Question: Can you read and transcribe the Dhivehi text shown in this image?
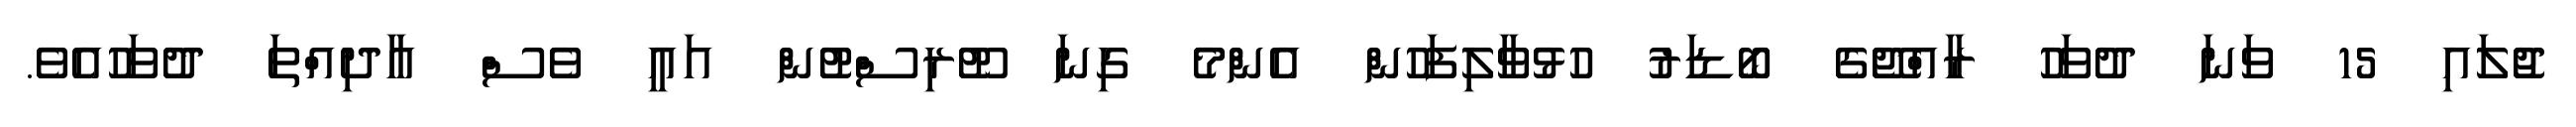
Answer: ޖުލައި 15 ވަނަ ދުވަހު ރާއްޖޭގެ ބޯޑަރު ހުޅުވާލިފަހުން އެންމެ ގިނަ ޓޫރިސްޓުން އައީ ވެސް އާދިއްތަ ދުވަހުއެވެ.